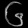
Digit: ၆